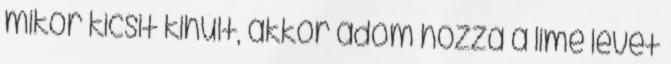
mikor kicsit kihűlt, akkor adom hozzá a lime levét